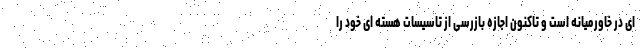
ای در خاورمیانه است و تاکنون اجازه بازرسی از تاسیسات هسته ای خود را